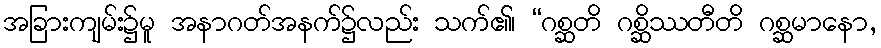
အခြားကျမ်း၌မူ အနာဂတ်အနက်၌လည်း သက်၏၊ “ဂစ္ဆတိ ဂစ္ဆိဿတီတိ ဂစ္ဆမာနော,